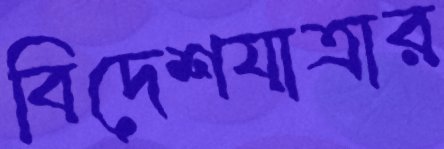
বিদেশযাত্রার